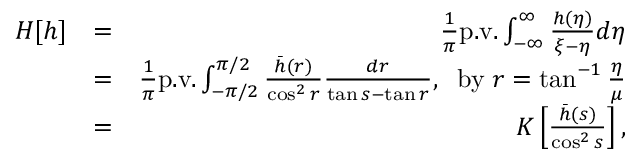
\begin{array} { r l r } { H [ h ] } & { = } & { \frac { 1 } { \pi } \mathrm { p . v . } \int _ { - \infty } ^ { \infty } \frac { h ( \eta ) } { \xi - \eta } d \eta } \\ & { = } & { \frac { 1 } { \pi } \mathrm { p . v . } \int _ { - \pi / 2 } ^ { \pi / 2 } \frac { \bar { h } ( r ) } { \cos ^ { 2 } r } \frac { d r } { \tan s - \tan r } , \; \; \mathrm { b y } \; r = \tan ^ { - 1 } \frac { \eta } { \mu } } \\ & { = } & { K \left[ \frac { \bar { h } ( s ) } { \cos ^ { 2 } s } \right] , } \end{array}